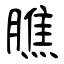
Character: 膲